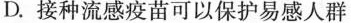
D.接种流感疫苗可以保护易感人群